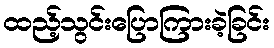
ထည့်သွင်းပြောကြားခဲ့ခြင်း